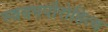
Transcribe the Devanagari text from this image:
स्वयमपौरोहित्य